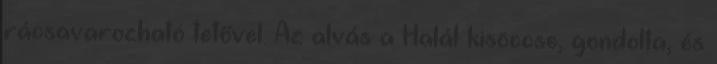
rácsavarozható tetővel. Az alvás a Halál kisöccse, gondolta, és